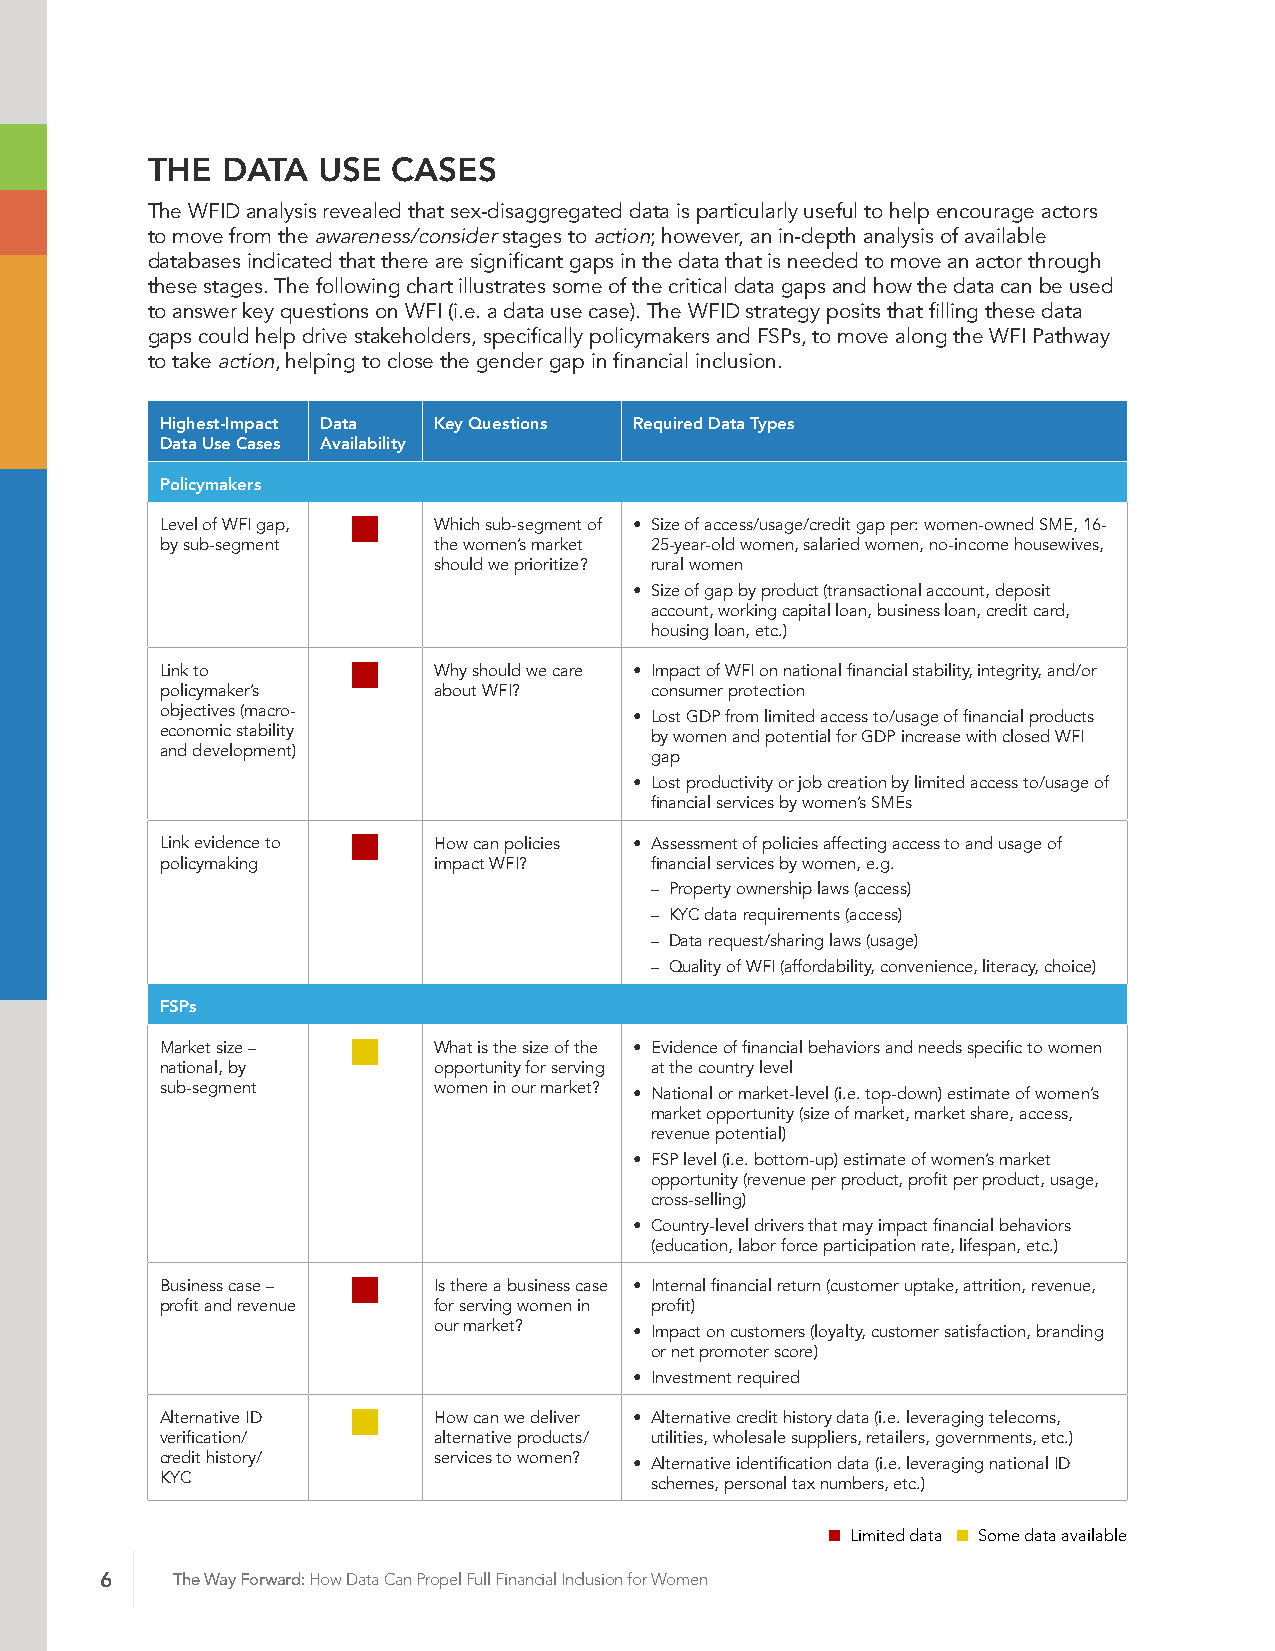
THE  DATA  USE  CASES
 The WFID analysis revealed that sex-disaggregated data is particularly useful to help encourage actors
 to move from the awareness/consider stages to action; however, an in-depth analysis of available
 databases indicated that there are significant gaps in the data that is needed to move an actor through
 these stages. The following chart illustrates some of the critical data gaps and how the data can be used
 to answer key questions on WFI (i.e. a data use case). The WFID strategy posits that filling these data
 gaps could help drive stakeholders, specifically policymakers and FSPs, to move along the WFI Pathway
 to take action, helping to close the gender gap in financial inclusion.
 Highest-Impact Data Key Questions Required Data Types
 Data Use Cases Availability
 Policymakers
 n
 Level of WFI gap, Which sub-segment of • Size of access/usage/credit gap per: women-owned SME, 16-
 by sub-segment    the women’s market 25-year-old women, salaried women, no-income housewives,
 should we prioritize? rural women
 • Size of gap by product (transactional account, deposit
 account, working capital loan, business loan, credit card,
 housing loan, etc.)
 n
 Link to           Why should we care • Impact of WFI on national financial stability, integrity, and/or
 policymaker’s     about WFI?    consumer protection
 objectives (macro-             • Lost GDP from limited access to/usage of financial products
 economic stability              by women and potential for GDP increase with closed WFI
 and development)                gap
 • Lost productivity or job creation by limited access to/usage of
 financial services by women’s SMEs
 n
 Link evidence to  How can policies • Assessment of policies affecting access to and usage of
 policymaking      impact WFI?   financial services by women, e.g.
 – Property ownership laws (access)
 – KYC data requirements (access)
 – Data request/sharing laws (usage)
 – Quality of WFI (affordability, convenience, literacy, choice)
 FSPs
 n
 Market size –     What is the size of the • Evidence of financial behaviors and needs specific to women
 national, by      opportunity for serving at the country level
 sub-segment       women in our market? • National or market-level (i.e. top-down) estimate of women’s
 market opportunity (size of market, market share, access,
 revenue potential)
 • FSP level (i.e. bottom-up) estimate of women’s market
 opportunity (revenue per product, profit per product, usage,
 cross-selling)
 • Country-level drivers that may impact financial behaviors
 (education, labor force participation rate, lifespan, etc.)
 n
 Business case –   Is there a business case • Internal financial return (customer uptake, attrition, revenue,
 profit and revenue for serving women in profit)
 our market?  • Impact on customers (loyalty, customer satisfaction, branding
 or net promoter score)
 • Investment required
 n
 Alternative ID    How can we deliver • Alternative credit history data (i.e. leveraging telecoms,
 verification/     alternative products/ utilities, wholesale suppliers, retailers, governments, etc.)
 credit history/   services to women? • Alternative identification data (i.e. leveraging national ID
 KYC                             schemes, personal tax numbers, etc.)
 n Limited data n Some data available
 6   The Way Forward: How Data Can Propel Full Financial Inclusion for Women